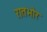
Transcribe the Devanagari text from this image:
रातभोर